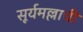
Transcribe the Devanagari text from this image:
सूर्यमल्लाची